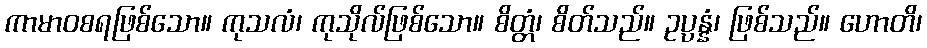
ကာမာဝစရဖြစ်သော။ ကုသလံ၊ ကုသိုလ်ဖြစ်သော။ စိတ္တံ၊ စိတ်သည်။ ဥပ္ပန္နံ၊ ဖြစ်သည်။ ဟောတိ၊